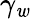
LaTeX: \gamma_{\mathit{w}}